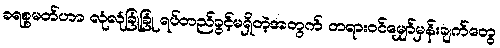
ခရစ္စမတ်ဟာ လုံလုံခြုံခြုံ ရပ်တည်ခွင့်မရှိတဲ့အတွက် တရားဝင်မျှော်မှန်းချက်တွေ